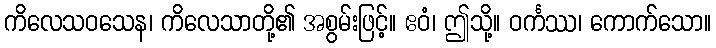
ကိလေသဝသေန၊ ကိလေသာတို့၏ အစွမ်းဖြင့်။ ဧဝံ၊ ဤသို့။ ဝင်္ကဿ၊ ကောက်သော။